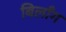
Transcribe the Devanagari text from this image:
बिलाँग